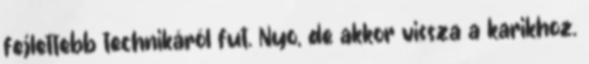
fejlettebb technikáról fut. Nyo, de akkor vissza a karikhoz.